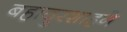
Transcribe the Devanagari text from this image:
बहादुरशाहने